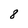
Character: 8